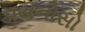
ડાયનોસો